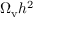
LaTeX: \Omega _ { \mathrm { v } } h ^ { 2 }